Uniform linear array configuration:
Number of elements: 16
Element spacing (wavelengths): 0.25
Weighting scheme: kaiser
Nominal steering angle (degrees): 0
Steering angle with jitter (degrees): -0.2425
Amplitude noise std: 0.05
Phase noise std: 0.05

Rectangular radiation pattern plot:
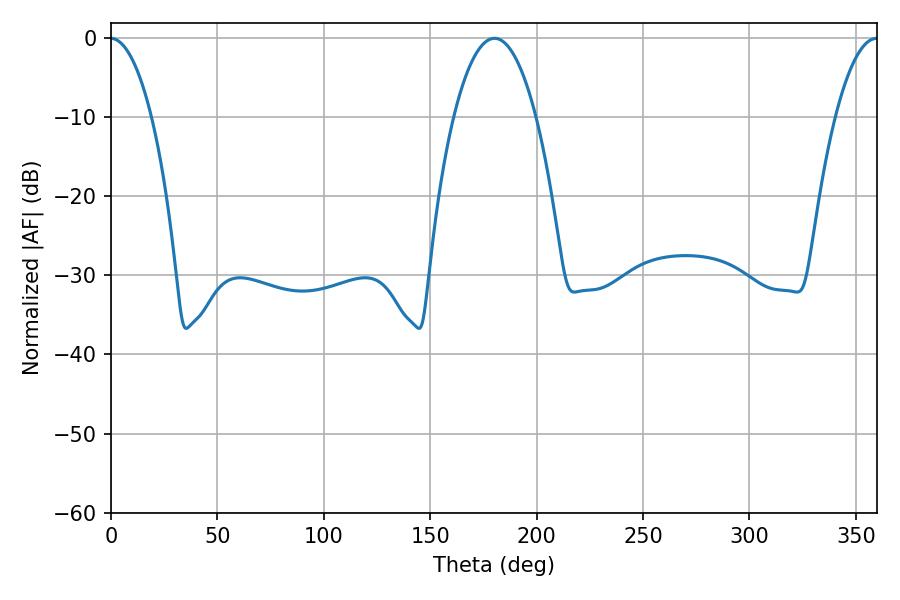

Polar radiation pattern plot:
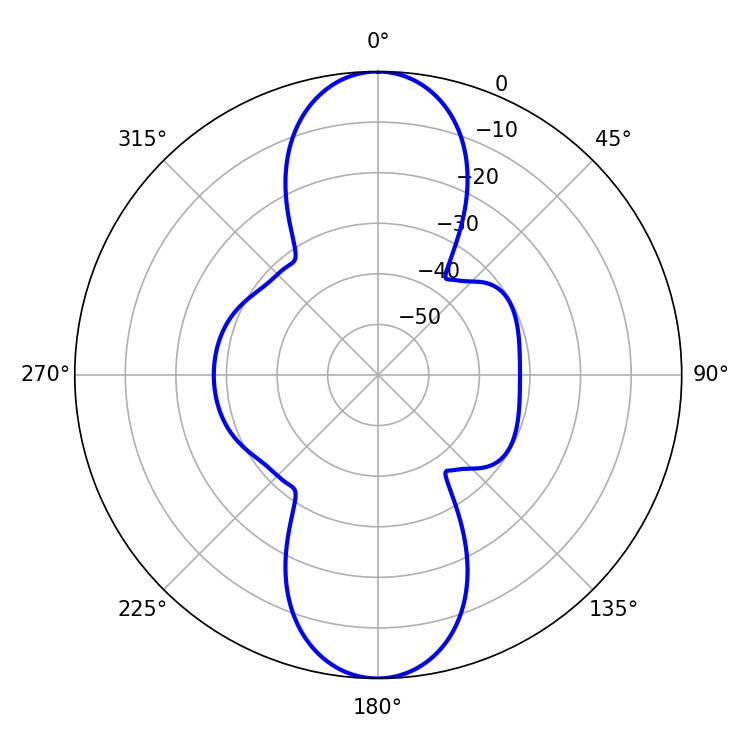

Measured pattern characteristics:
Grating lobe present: FALSE
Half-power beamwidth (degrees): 21.42
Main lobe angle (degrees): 180.18